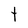
Character: t